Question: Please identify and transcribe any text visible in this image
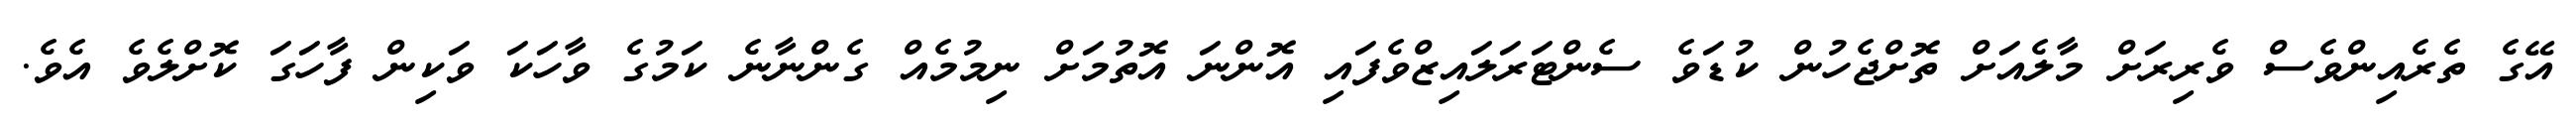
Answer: އޭގެ ތެރެއިންވެސް ވެރިރަށް މާލެއަށް ތޮށްޖެހުން ކުޑަވެ ސެންޓަރަލައިޒްވެފައި އޮންނަ އޮތުމަށް ނިމުމެއް ގެންނާނެ ކަމުގެ ވާހަކަ ވަކިން ފާހަގަ ކޮށްލެވެ އެވެ.